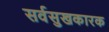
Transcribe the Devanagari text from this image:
सर्वसुखकारक